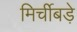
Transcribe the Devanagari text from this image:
मिर्चीबड़े